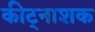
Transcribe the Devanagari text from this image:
कीट्नाशक